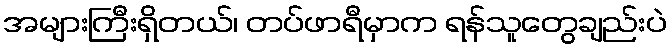
အများကြီးရှိတယ်၊ တပ်ဖာရီမှာက ရန်သူတွေချည်းပဲ